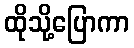
ထိုသို့ပြောကာ